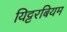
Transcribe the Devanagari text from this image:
यिट्टरबियम